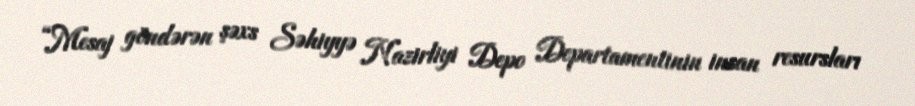
“Mesaj göndərən şəxs Səhiyyə Nazirliyi Depo Departamentinin insan resursları